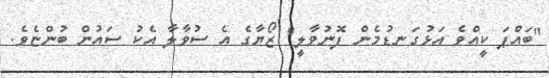
"ބައްޕަ ކީއްވެ އަޅުގަނޑުމެން ފޮނުވާލީ" ޒޯޔާގެ އެ ސުވާލާ އެކު ސައުން ބުންޏެވެ.